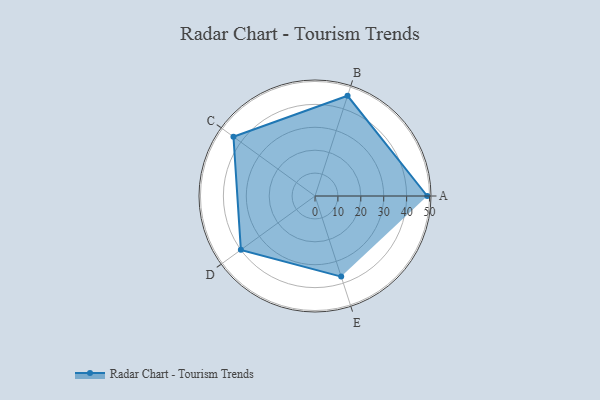
{"axis": {"x": "Skill", "y": "Score"}, "legend": ["Profile"], "data": [{"x": "A", "y": 49.0, "type": "Profile"}, {"x": "B", "y": 46.0, "type": "Profile"}, {"x": "C", "y": 44.0, "type": "Profile"}, {"x": "D", "y": 40.0, "type": "Profile"}, {"x": "E", "y": 37.0, "type": "Profile"}]}